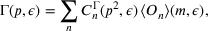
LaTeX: \Gamma ( p , \epsilon ) = \sum _ { n } C _ { n } ^ { \Gamma } ( p ^ { 2 } , \epsilon ) \, \langle { \cal O } _ { n } \rangle ( m , \epsilon ) ,